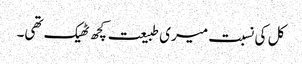
کل کی نسبت میری طبیعت کچھ ٹھیک تھی۔